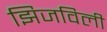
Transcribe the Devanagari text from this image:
झिजविली